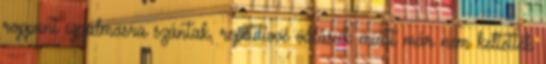
roppant izgalmasra szántak, repetitívvé válásuk miatt már nem keltették